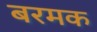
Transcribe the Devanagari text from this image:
बरमक